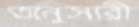
অনুসারী